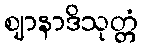
ဈာနာဒိသုတ္တံ